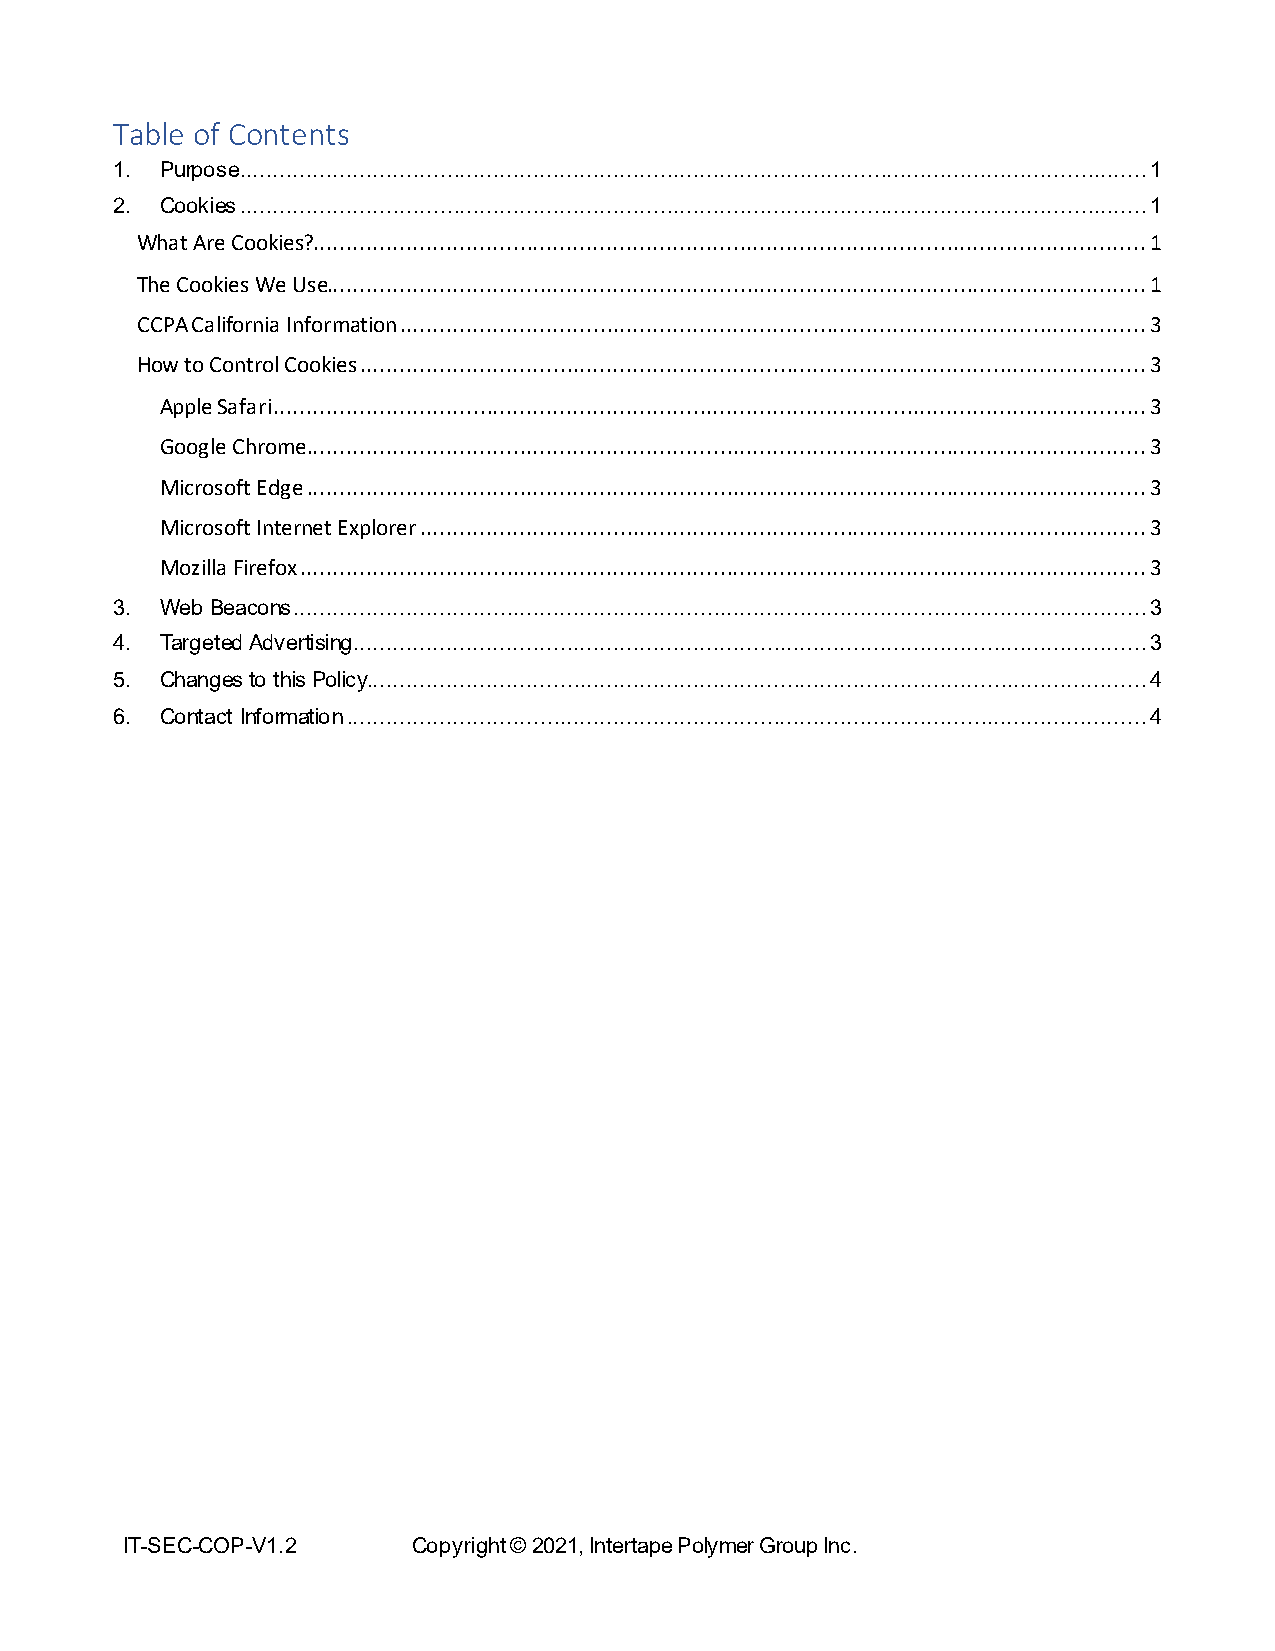
Table of Contents
 1. Purpose ........................................................................................................................................ 1
 2. Cookies ........................................................................................................................................ 1
 What Are Cookies?............................................................................................................................. 1
 The Cookies We Use........................................................................................................................... 1
 CCPA California Information ................................................................................................................ 3
 How to Control Cookies ...................................................................................................................... 3
 Apple Safari ................................................................................................................................... 3
 Google Chrome .............................................................................................................................. 3
 Microsoft Edge .............................................................................................................................. 3
 Microsoft Internet Explorer ............................................................................................................. 3
 Mozilla Firefox ............................................................................................................................... 3
 3. Web Beacons ................................................................................................................................ 3
 4. Targeted Advertising ....................................................................................................................... 3
 5. Changes to this Policy..................................................................................................................... 4
 6. Contact Information ........................................................................................................................ 4
 IT-SEC-COP-V1.2    Copyright © 2021, Intertape Polymer Group Inc.